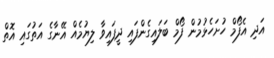
އަދި އެފޯމް ހުށަހެޅުމުން ފޯމް ބަލައިގެންފައި ދީފައިވާ ލިޔުމެއް އޭނާގެ އަތުގައި އޮތް